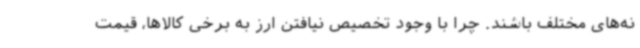
نه‌های مختلف باشند. چرا با وجود تخصیص نیافتن ارز به برخی کالاها، قیمت